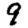
Digit: 9